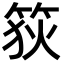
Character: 𥭳